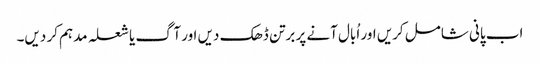
اب پانی شامل کریں اور اُبال آنے پر برتن ڈھک دیں اور آگ یا شعلہ مدہم کر دیں۔